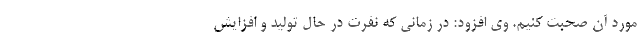
مورد آن صحبت کنیم. وی افزود: در زمانی که نفرت در حال تولید و افزایش